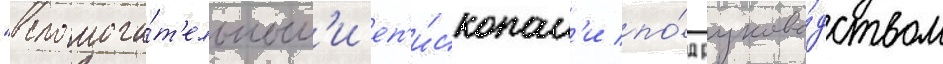
"вспомога́т'ельным'и еп'и́скопам'и по́д руково́дством